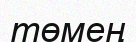
төмең